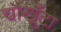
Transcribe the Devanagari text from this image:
चौखूँटा